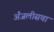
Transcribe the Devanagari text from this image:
अँजलीसचा